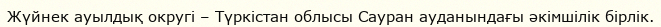
Жүйнек ауылдық округі – Түркістан облысы Сауран ауданындағы әкімшілік бірлік.